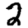
Digit: 2